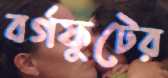
বর্গফুটের